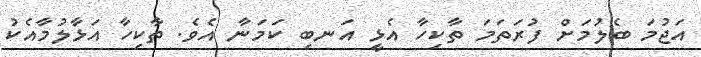
އަޖުމަ ބެލުމަށް ފުރަތަމަ ތާކިހާ އެޅީ އަނބި ކަމަނާ އެވެ. ތާކިހާ އަޅާލުމާއެކު